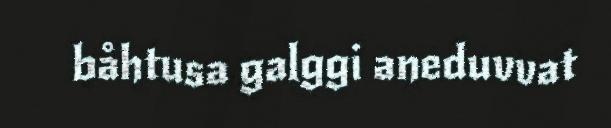
båhtusa galggi aneduvvat